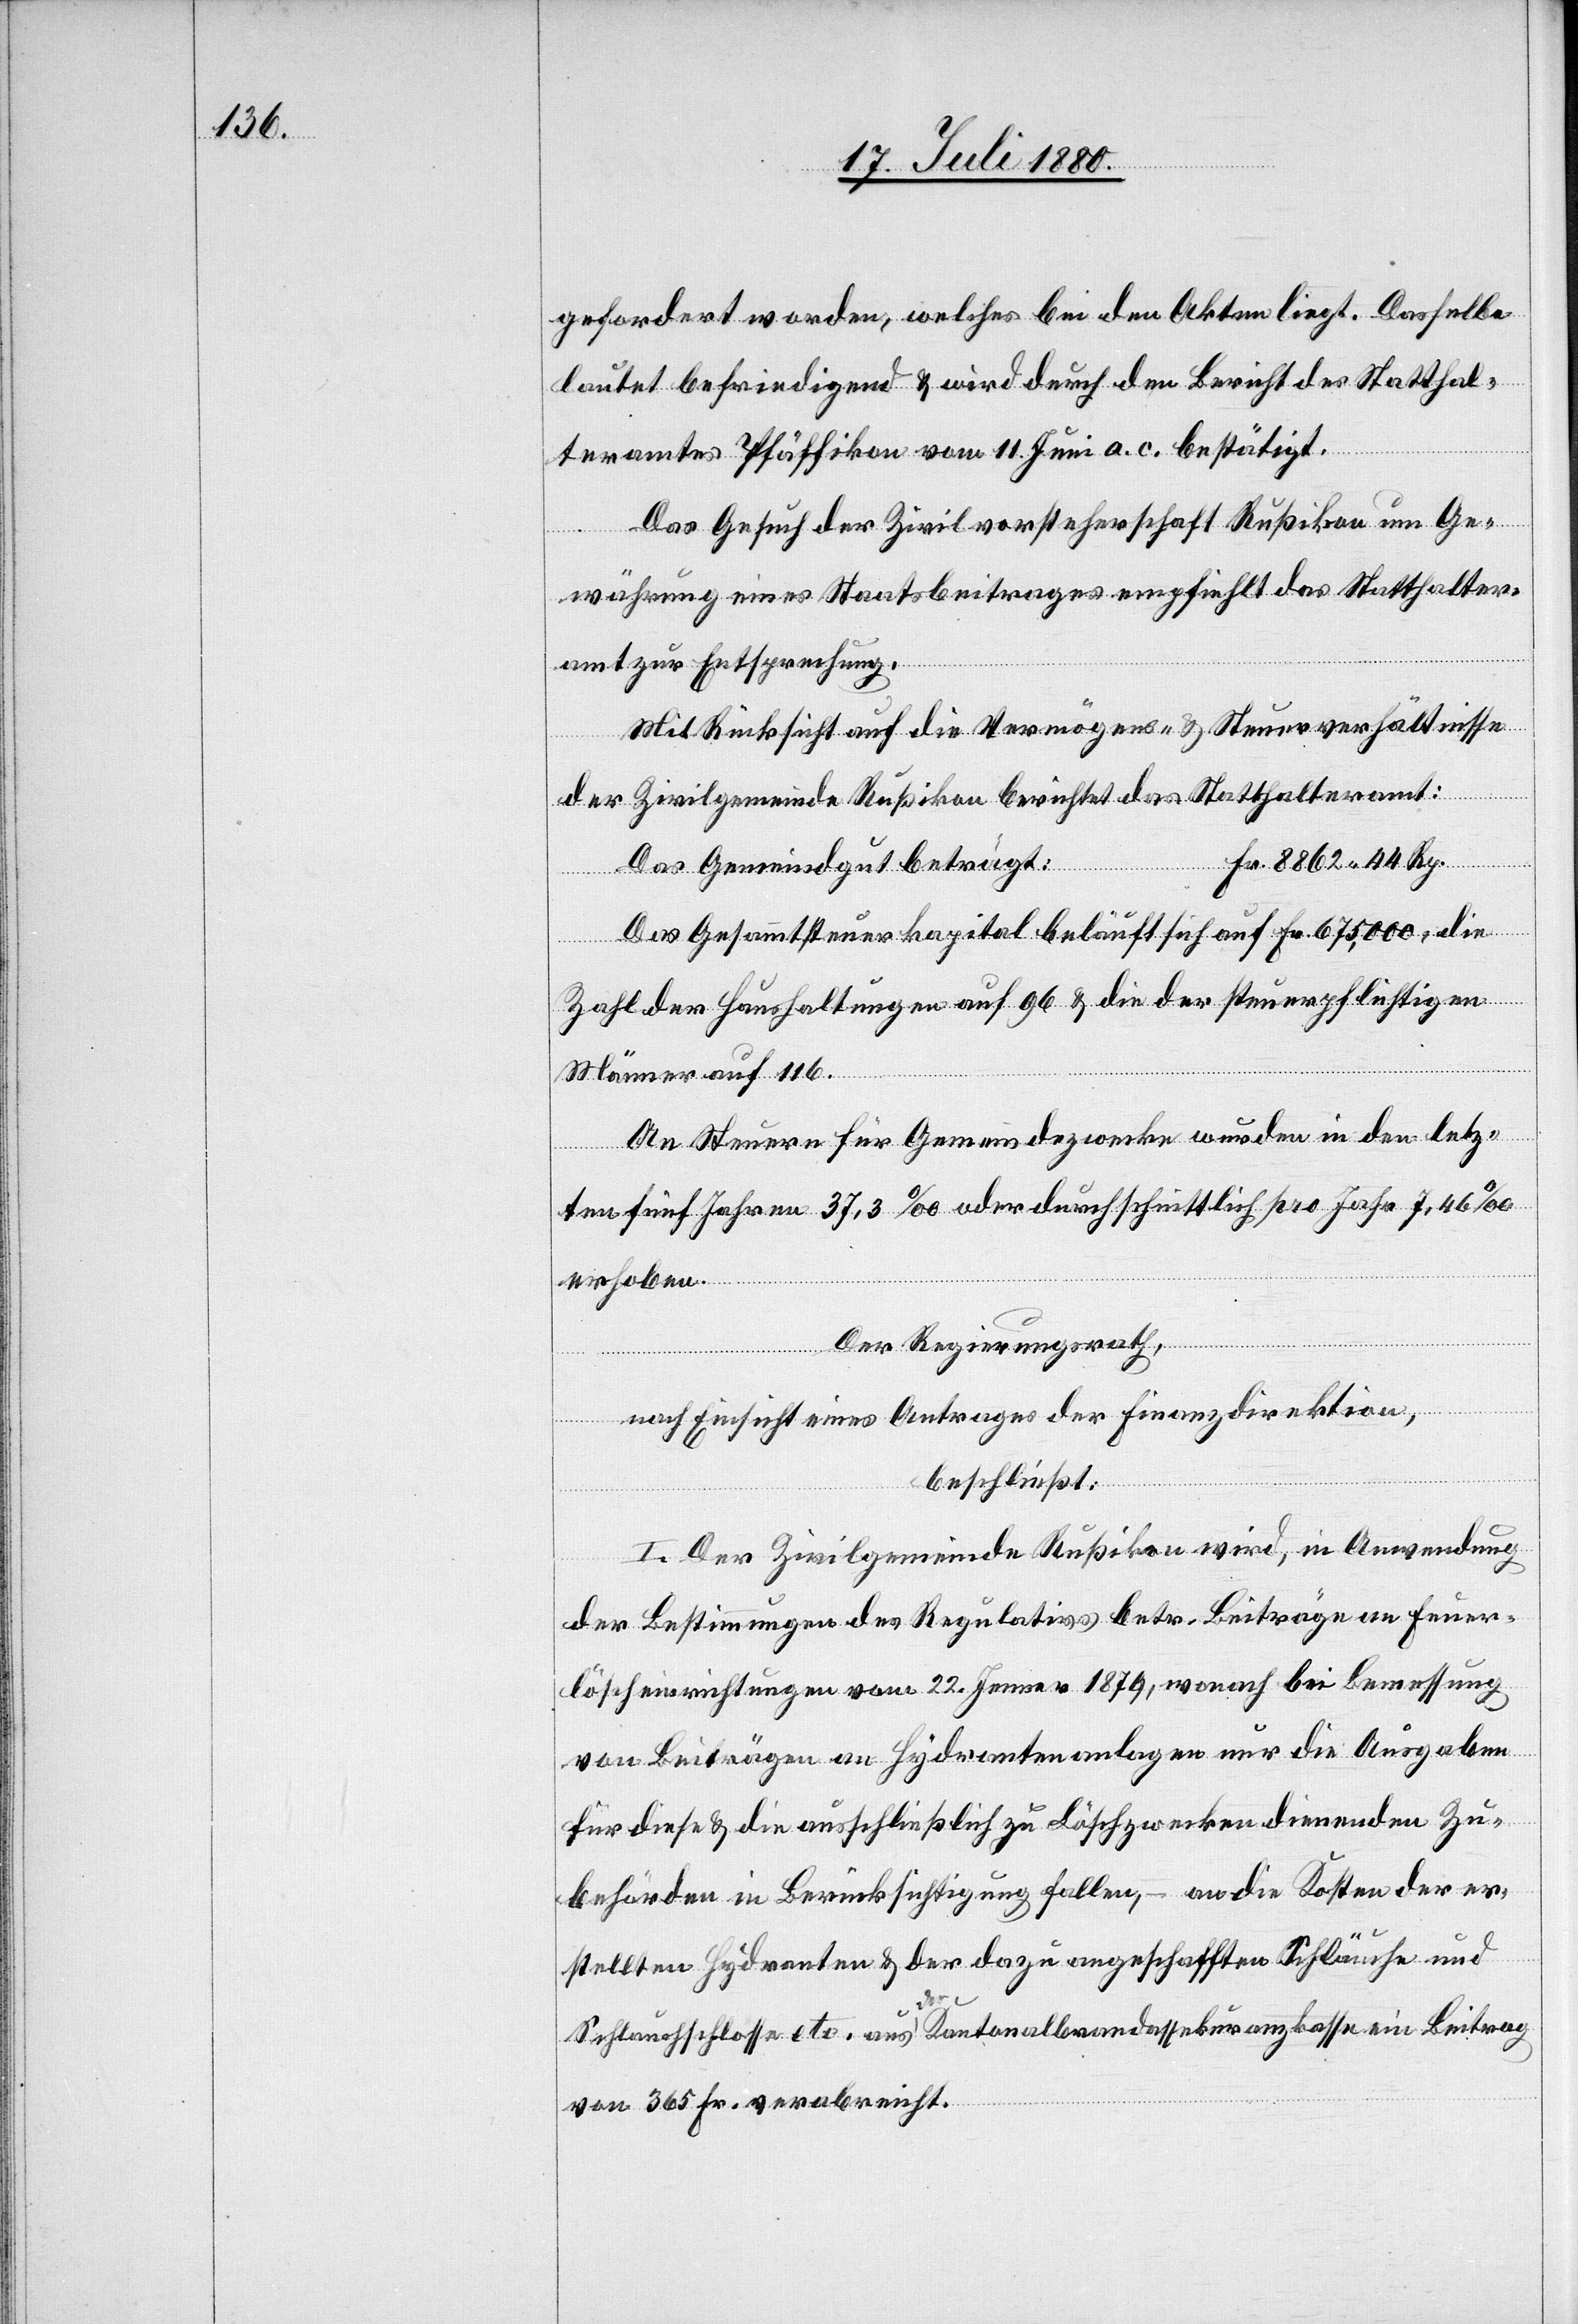
gefordert worden, welches bei den Akten liegt. Dasselbe
lautet befriedigend & wird durch den Bericht des Statthal¬
teramtes Pfäffikon vom 11. Juni a. c. bestätigt.
Das Gesuch der Zivilvorsteherschaft Rußikon um Ge¬
währung eines Staatsbeitrages empfiehlt das Statthalter¬
amt zu Entsprechung.
Mit Rücksicht auf die Vermögens- & Steuerverhältnisse
der Zivilgemeinde Rußikon berichtet das Statthalteramt:
Fr. 8862 44 Rp.
Das Gemeindegut beträgt:
Das Gesammtsteuerkapital beläuft sich auf Fr. 675,000, die
Zahl der Hauhaltungen auf 96 & die der Steuerpflichtigen
Männer auf 116.
An Steuern für Gemeindezwecke wurden in den letz¬
ten fünf Jahren 37,3‰ oder durchschnittlich pro Jahr 7,46‰
erhoben.
Der Regierungsrath,
nach Einsicht eines Antrages der Finanzdirektion,
beschließt:
I. Der Zivilgemeinde Rußikon wird, in Anwendung
der Bestimmungen Regulativs betr. Beiträge an Feuer¬
löscheinrichtungen vom 22. Jenner 1879, wonach bei Bemessung
von Beiträgen an Hydrantenanlagen nur die Ausgaben
für diese & die ausschließlich zu Löschwerken dienenden Zu¬
behörden in Berücksichtigung fallen, an die Kosten der er¬
stellten Hydranten & der dazu angeschafften Schläuche und
Schlauchschlosse etc. aus der Kantonalbrandassekuranzkasse ein Beitrag
von 365 Fr. verabreicht.